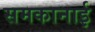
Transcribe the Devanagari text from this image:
समकानाई